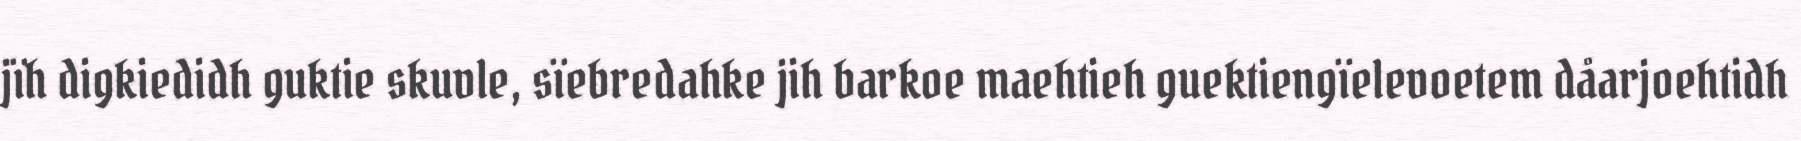
jïh digkiedidh guktie skuvle, sïebredahke jih barkoe maehtieh guektiengïelevoetem dåarjoehtidh